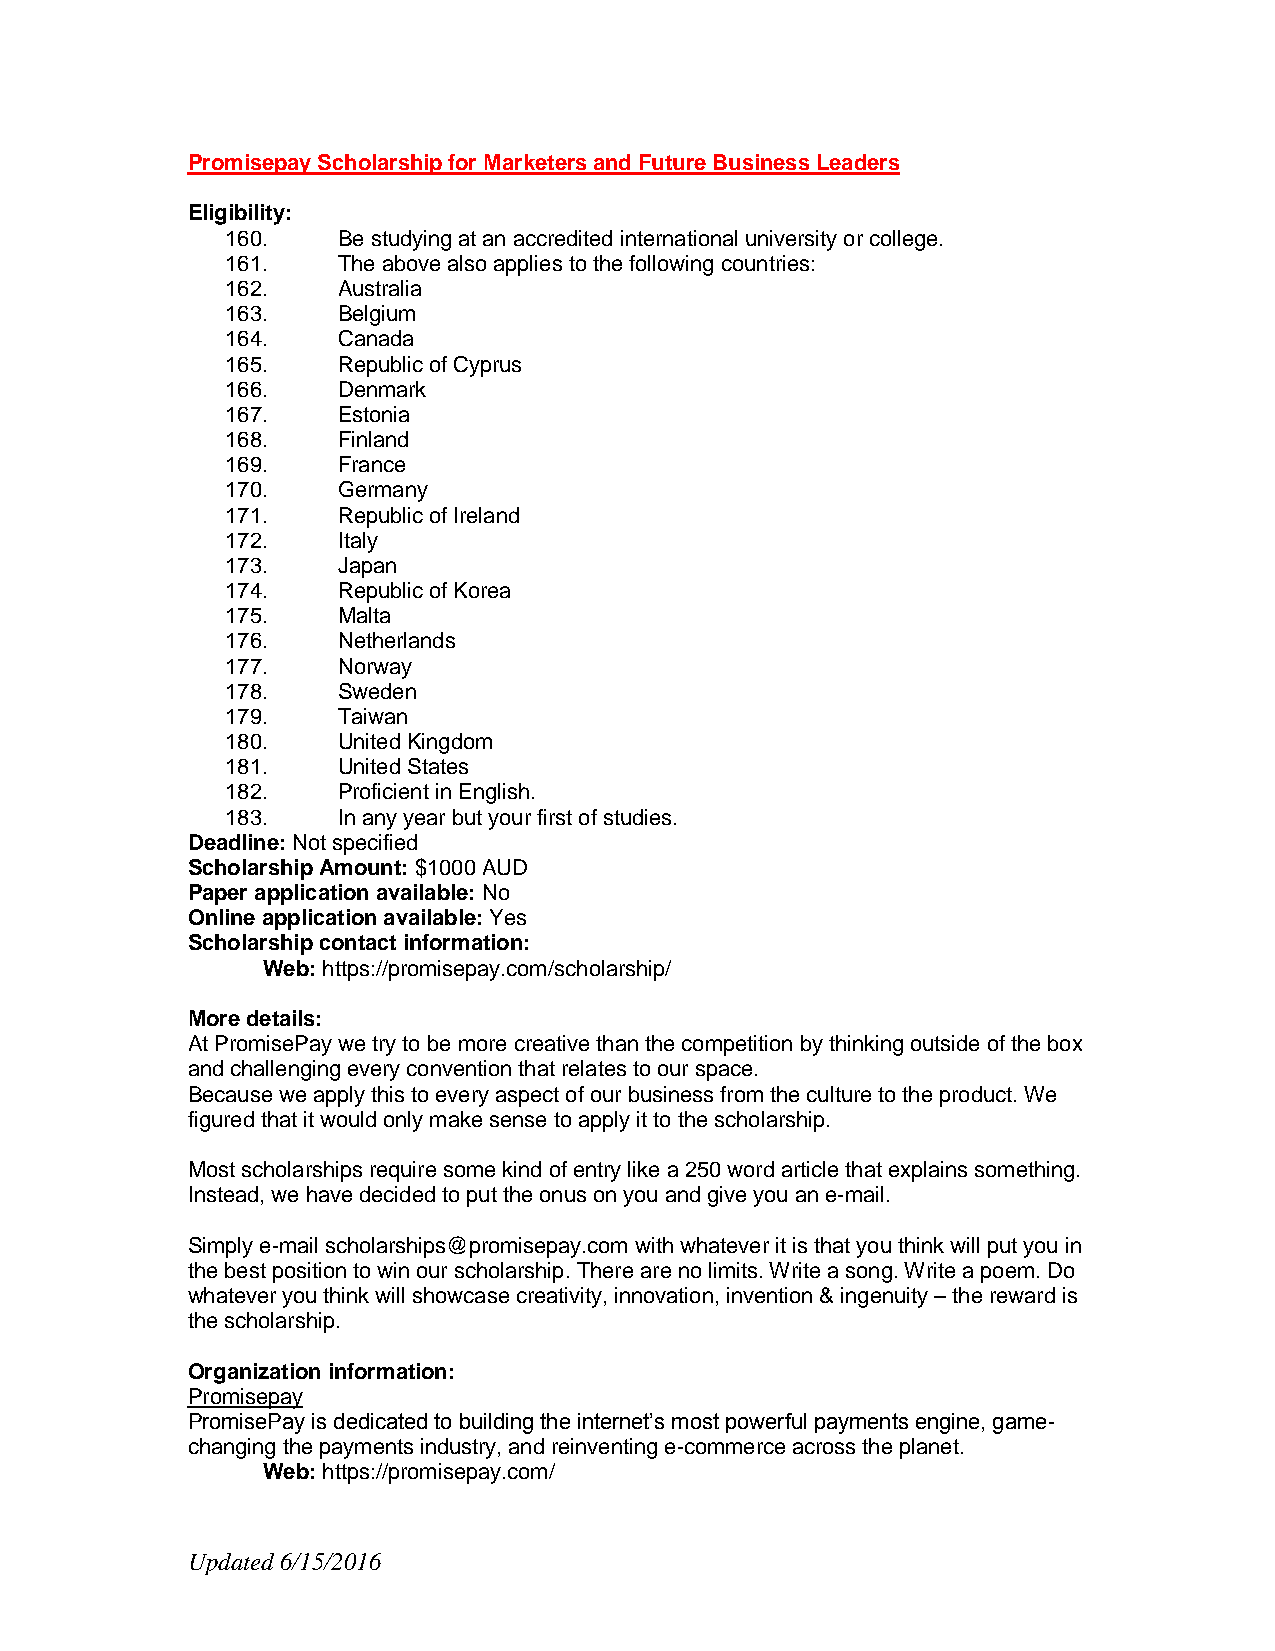
Promisepay Scholarship for Marketers and Future Business Leaders
 Eligibility:
 160.   Be studying at an accredited international university or college.
 161.   The above also applies to the following countries:
 162.   Australia
 163.   Belgium
 164.   Canada
 165.   Republic of Cyprus
 166.   Denmark
 167.   Estonia
 168.   Finland
 169.   France
 170.   Germany
 171.   Republic of Ireland
 172.   Italy
 173.   Japan
 174.   Republic of Korea
 175.   Malta
 176.   Netherlands
 177.   Norway
 178.   Sweden
 179.   Taiwan
 180.   United Kingdom
 181.   United States
 182.   Proficient in English.
 183.   In any year but your first of studies.
 Deadline: Not specified
 Scholarship Amount: $1000 AUD
 Paper application available: No
 Online application available: Yes
 Scholarship contact information:
 Web: https://promisepay.com/scholarship/
 More details:
 At PromisePay we try to be more creative than the competition by thinking outside of the box
 and challenging every convention that relates to our space.
 Because we apply this to every aspect of our business from the culture to the product. We
 figured that it would only make sense to apply it to the scholarship.
 Most scholarships require some kind of entry like a 250 word article that explains something.
 Instead, we have decided to put the onus on you and give you an e-mail.
 Simply e-mail scholarships@promisepay.com with whatever it is that you think will put you in
 the best position to win our scholarship. There are no limits. Write a song. Write a poem. Do
 whatever you think will showcase creativity, innovation, invention & ingenuity – the reward is
 the scholarship.
 Organization information:
 Promisepay
 PromisePay is dedicated to building the internet’s most powerful payments engine, game-
 changing the payments industry, and reinventing e-commerce across the planet.
 Web: https://promisepay.com/
 Updated 6/15/2016